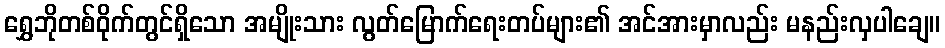
ရွှေဘိုတစ်ဝိုက်တွင်ရှိသော အမျိုးသား လွတ်မြောက်ရေးတပ်များ၏ အင်အားမှာလည်း မနည်းလှပါချေ။